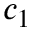
c _ { 1 }